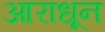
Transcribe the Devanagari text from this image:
आराधून